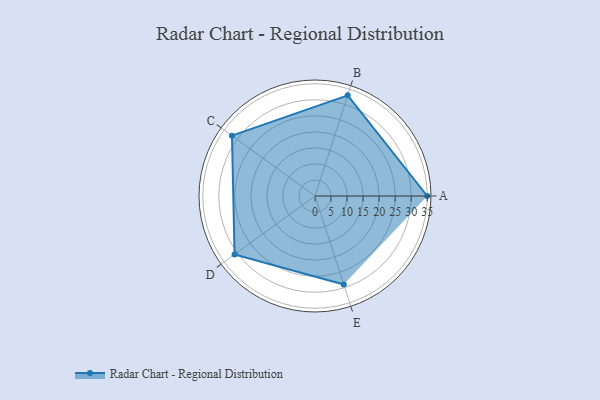
{"axis": {"x": "Skill", "y": "Score"}, "legend": ["Profile"], "data": [{"x": "A", "y": 35.0, "type": "Profile"}, {"x": "B", "y": 33.0, "type": "Profile"}, {"x": "C", "y": 32.0, "type": "Profile"}, {"x": "D", "y": 31.0, "type": "Profile"}, {"x": "E", "y": 29.0, "type": "Profile"}]}